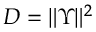
D = \| \Upsilon \| ^ { 2 }